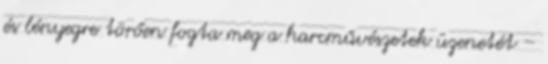
és lényegre törően fogta meg a harcművészetek üzenetét –